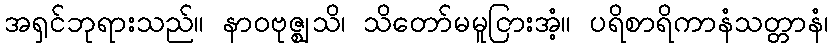
အရှင်ဘုရားသည်။ နာဝဗုဇ္ဈသိ၊ သိတော်မမူငြားအံ့။ ပရိစာရိကာနံသတ္တာနံ၊